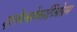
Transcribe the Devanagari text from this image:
एलेक्त्रोकर्दिओग्रम